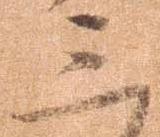
三